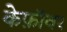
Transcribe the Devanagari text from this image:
केफ़ॉवर